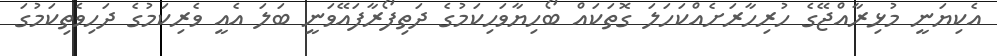
އެކިޔަނީ މުޅިރާއްޖޭގެ ހުރިހާރަށެއްކަހަލަ ގޮތަކައް ބޯހިޔާވަހިކަމުގެ ދަތިފޯރާފައޭވަނީ ބަލަ އެއީ ވެރިކަމުގެ ދަހިވެތިކަމުގަ